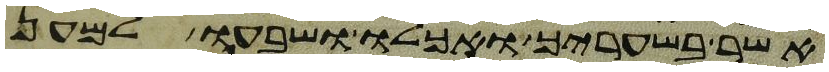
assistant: אשר בשעריך ואכלו ושבעו למען